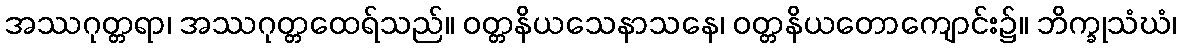
အဿဂုတ္တရာ၊ အဿဂုတ္တထေရ်သည်။ ဝတ္တနိယသေနာသနေ၊ ဝတ္တနိယတောကျောင်း၌။ ဘိက္ခုသံဃံ၊